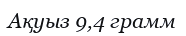
Ақуыз 9,4 грамм